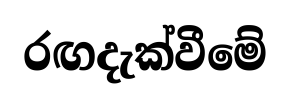
රඟදැක්වීමේ